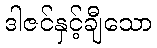
ဒါဇင်နှင့်ချီသော